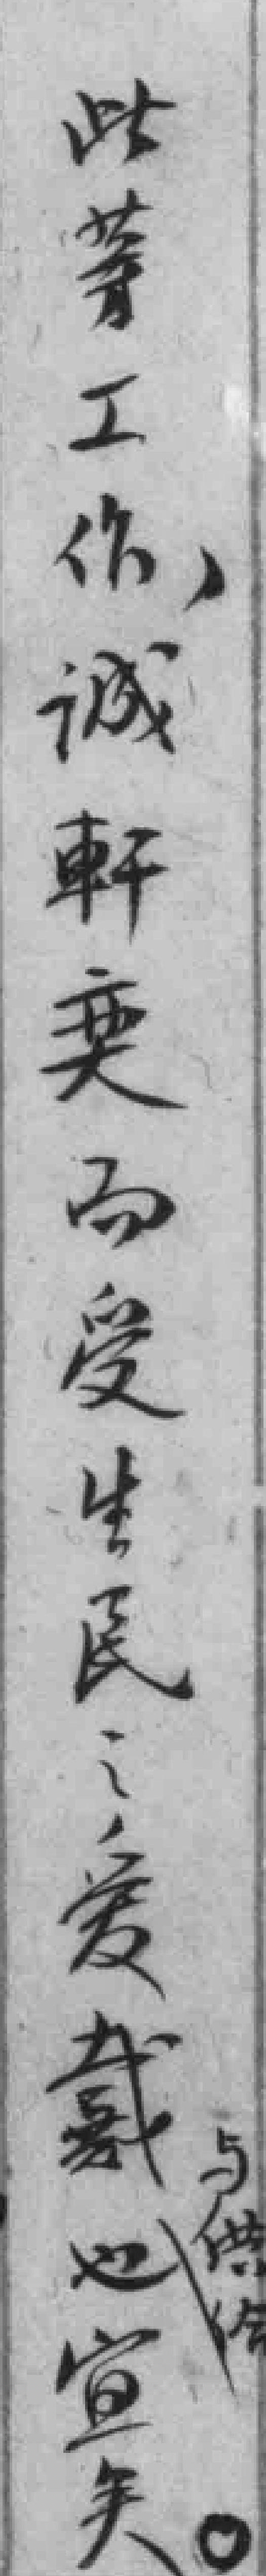
此等工作，诚軒奕而受生民：爱戴与供给也宣*。